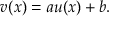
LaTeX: v ( x ) = a u ( x ) + b .